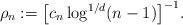
LaTeX: \begin{align*}\rho_n := \bigl[c_n \log^{1/d} (n-1)\bigr]^{-1}.\end{align*}